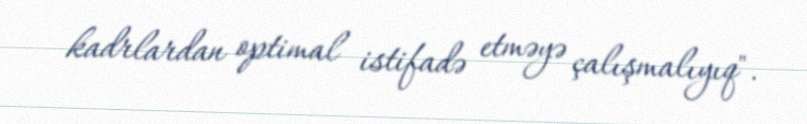
kadrlardan optimal istifadə etməyə çalışmalıyıq".